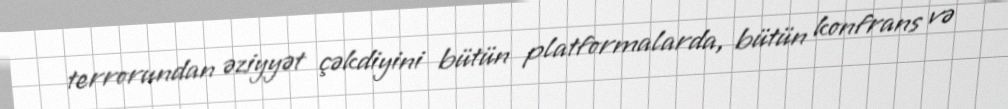
terrorundan əziyyət çəkdiyini bütün platformalarda, bütün konfrans və